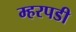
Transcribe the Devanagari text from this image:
म्हरपडी